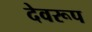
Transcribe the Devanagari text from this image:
देवरूप